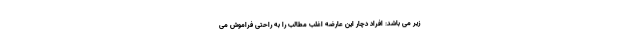
زیر می باشد: افراد دچار این عارضه اغلب مطالب را به راحتی فراموش می